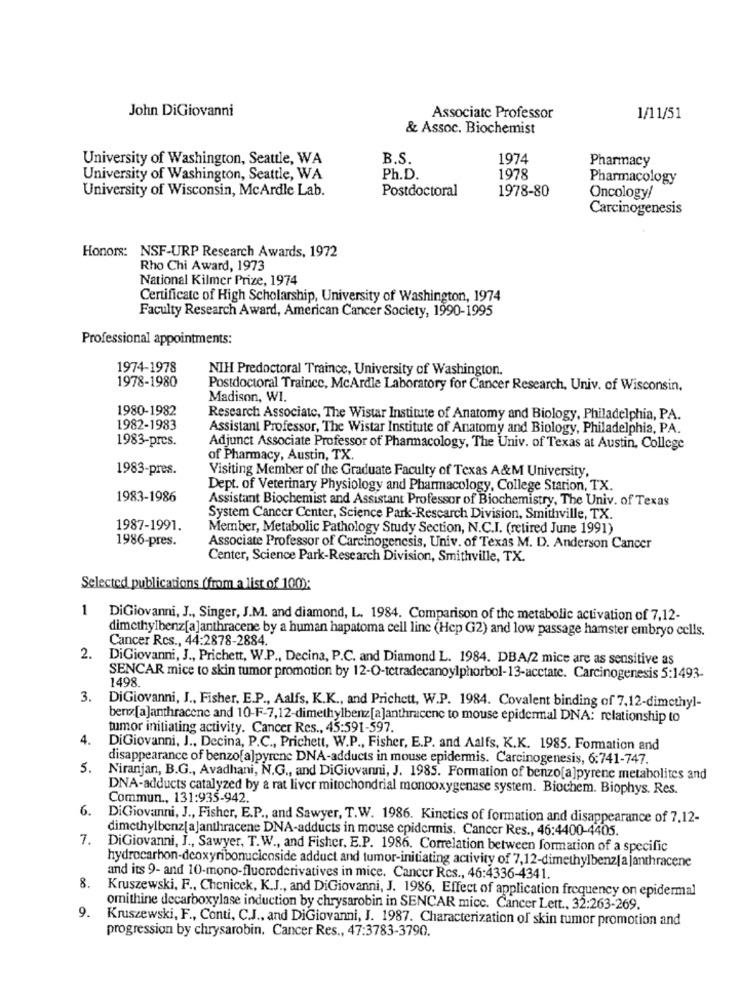
John DiGiovanni
Associate Professor
1/11/51
& Assoc. Biochemist
University of Washington, Seattle, WA
B.S.
1974
Pharmacy
University of Washington, Seattle, WA
Ph.D.
1978
Pharmacology
University of Wisconsin, McArdle Lab.
Postdoctoral
1978-80
Oncology/
Carcinogenesis
Honors: NSF-URP Research Awards, 1972
Rho Chi Award, 1973
National Kilmer Prize, 1974
Certificate of High Scholarship, University of Washington, 1974
Faculty Research Award, American Cancer Society, 1990-1995
Professional appointments:
1974-1978
NIH Predoctoral Traince, University of Washington.
1978-1980
Postdoctoral Traince, McArdle Laboratory for Cancer Research, Univ. of Wisconsin.
Madison, WI.
1980-1982
Research Associate, The Wistar Institute of Anatomy and Biology, Philadelphia, PA.
1982-1983
Assistant Professor, The Wistar Institute of Anatomy and Biology, Philadelphia, PA.
1983-pres.
Adjunct Associate Professor of Pharmacology, The Univ. of Texas at Austin, College
of Pharmacy, Austin, TX.
1983-pres.
Visiting Member of the Graduate Faculty of Texas A&M University,
Dept. of Veterinary Physiology and Pharmacology, College Station, TX.
1983-1986
Assistant Biochemist and Assistant Professor of Biochemistry, The Univ. of Texas
System Cancer Center, Science Park-Rescarch Division, Smithville, TX.
1987-1991.
Member, Metabolic Pathology Study Section, N.C.I. (retired June 1991)
1986-pres.
Associate Professor of Carcinogenesis, Univ. of Texas M. D. Anderson Cancer
Center, Science Park-Research Division, Smithville, TX.
Selected publications (from a list of 100):
1
DiGiovanni, J ., Singer, J.M. and diamond, L. 1984. Comparison of the metabolic activation of 7,12-
dimethylbenz[a]anthracene by a human hapatoma cell line (Hep G2) and low passage hamster embryo cells.
Cancer Rcs ., 44:2878-2884.
2.
DiGiovanni, J ., Prichett, W.P ., Decina, P.C. and Diamond L. 1984. DBA/2 mice are as sensitive as
SENCAR mice to skin tumor promotion by 12-O-tctradecanoylphorbol-13-acctate. Carcinogenesis 5:1493-
1498.
3.
DiGiovanni, J ., Fisher, E.P ., Aalfs, K.K ., and Prichett, W.P. 1984. Covalent binding of 7,12-dimethyl-
benz[a]anthracene and 10-F-7,12-dimethylbenz[a]anthracene to mouse epidermal DNA: relationship to
tumor initiating activity. Cancer Res ., 45:591-597.
4.
DiGiovanni, J ., Decina, P.C ., Prichett, W.P ., Fisher, E.P. and Aalfs, K.K. 1985. Formation and
disappearance of benzo[a]pyrene DNA-adducts in mouse epidermis. Carcinogenesis, 6:741-747.
5.
Niranjan, B.G ., Avadhani, N.G ., and DiGiovanni, J. 1985. Formation of benzo[a]pyrene metabolites and
DNA-adducts catalyzed by a rat liver mitochondrial monooxygenase system. Biochem. Biophys. Res.
Commun ., 131:935-942.
6.
DiGiovanni, J ., Fisher, E.P ., and Sawyer, T.W. 1986. Kinetics of formation and disappearance of 7,12-
dimethylbenz[a]anthracene DNA-adducts in mouse epidermis. Cancer Res ., 46:4400-4405.
7. DiGiovanni, J ., Sawyer, T.W ., and Fisher, E.P. 1986. Correlation between formation of a specific
hydrocarbon-deoxyribonucicoside adduct and tumor-initiating activity of 7,12-dimethylbenz[a ]anthracene
8.
and its 9- and 10-mono-fluoroderivatives in mice. Cancer Rcs ., 46:4336-4341.
Kruszewski, F ., Chenicek, K.J ., and DiGiovanni, J. 1986. Effect of application frequency on epidermal
omnithine decarboxylase induction by chrysarobin in SENCAR mice. Cancer Lett ., 32:263-269.
. Kruszewski, F ., Conti, C.J ., and DiGiovanni, J. 1987. Characterization of skin tumor promotion and
progression by chrysarobin. Cancer Res ., 47:3783-3790.